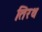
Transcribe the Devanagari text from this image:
तिरथ